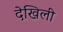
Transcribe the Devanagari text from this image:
देखिली